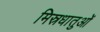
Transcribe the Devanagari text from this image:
मिस्रधातुओं